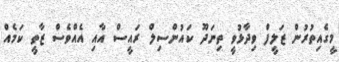
މީގެއިތުރުން ޒަލީފް ވިދާޅުވީ ތިނަދޫ ކައުންސިލް ރައީސް އާއި އެއްވެސް ޒާތީ ކަމެއް